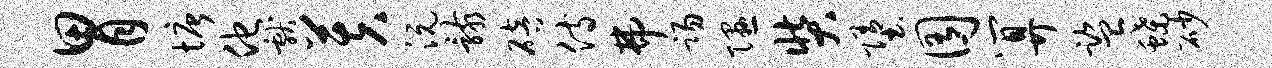
胃塘他献芙沅骸碚侍弗踢隰奘堕囿算监蝶砂